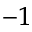
^ { - 1 }